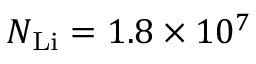
N _ { \mathrm { { L i } } } = 1 . 8 \times 1 0 ^ { 7 }